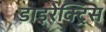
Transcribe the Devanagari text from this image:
डाइरेक्ट्रिस